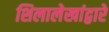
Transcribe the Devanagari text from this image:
शिलालेखांद्वारे